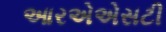
આરએએસટી